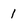
Character: 1